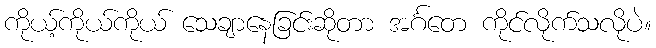
ကိုယ့်ကိုယ်ကိုယ် သေချာနေခြင်းဆိုတာ အင်္ဂတေ ကိုင်လိုက်သလိုပဲ။